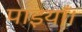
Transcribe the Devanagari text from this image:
पाइयाँ।